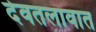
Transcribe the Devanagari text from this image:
देवतलावात